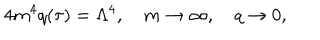
LaTeX: 4 m ^ { 4 } q ( \tau ) = \Lambda ^ { 4 } , \quad m \rightarrow \infty , \quad q \rightarrow 0 ,